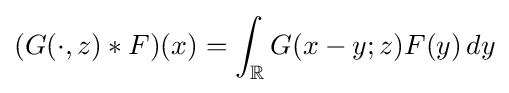
(G(\cdot ,z)*F)(x)=\int _{\mathbb {R} }G(x-y;z)F(y)\,dy